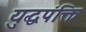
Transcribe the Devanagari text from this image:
युद्धपंक्ति